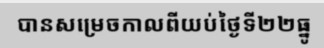
បានសម្រេចកាលពីយប់ថ្ងៃទី២២ធ្នូ